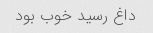
داغ رسید خوب بود